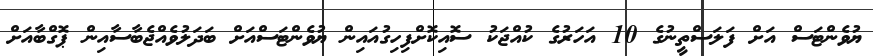
ޔުވެންޓަސް އަށް ފަލަސްތީނުގެ 10 އަހަރުގެ ކުއްޖަކު ސޮއިކޮށްފިހިގުއައިން ޔުވެންޓަސްއަށް ބަދަލުވެއްޖެބާސާއިން ޕޮގްބާއަށް